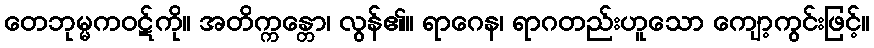
တေဘုမ္မကဝဋ်ကို။ အတိက္ကန္တော၊ လွန်၏။ ရာဂေန၊ ရာဂတည်းဟူသော ကျော့ကွင်းဖြင့်။